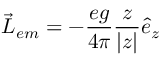
\vec { L } _ { e m } = - \frac { e g } { 4 \pi } \frac { z } { | z | } \hat { e } _ { z }